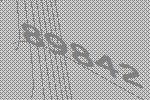
89842